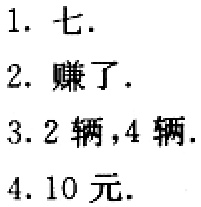
1. 七.

2. 赚了.

3. 2辆,4辆.

4. 10元.